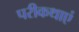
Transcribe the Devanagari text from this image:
परीकथाएं